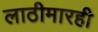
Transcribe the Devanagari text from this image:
लाठीमारही